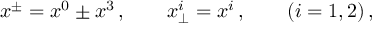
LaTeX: x ^ { \pm } = x ^ { 0 } \pm x ^ { 3 } \, , \quad \quad x _ { \bot } ^ { i } = x ^ { i } \, , \quad \quad ( i = 1 , 2 ) \, ,